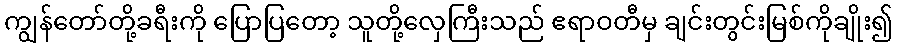
ကျွန်တော်တို့ခရီးကို ပြောပြတော့ သူတို့လှေကြီးသည် ဧရာဝတီမှ ချင်းတွင်းမြစ်ကိုချိုး၍